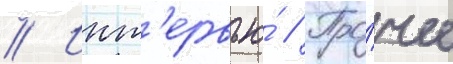
// Инт'ервью́ // Про́чее